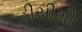
ડીસીથી